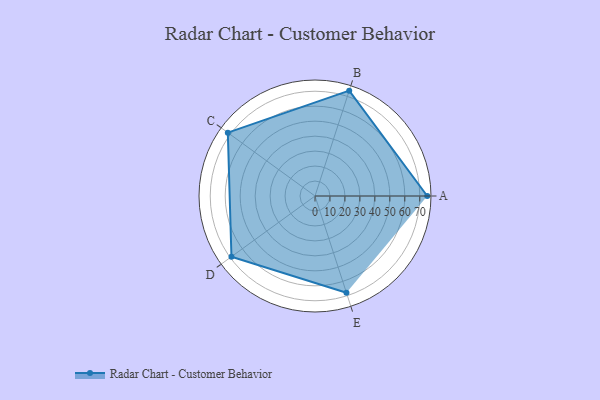
{"axis": {"x": "Skill", "y": "Score"}, "legend": ["Profile"], "data": [{"x": "A", "y": 75.0, "type": "Profile"}, {"x": "B", "y": 74.0, "type": "Profile"}, {"x": "C", "y": 72.0, "type": "Profile"}, {"x": "D", "y": 69.0, "type": "Profile"}, {"x": "E", "y": 68.0, "type": "Profile"}]}